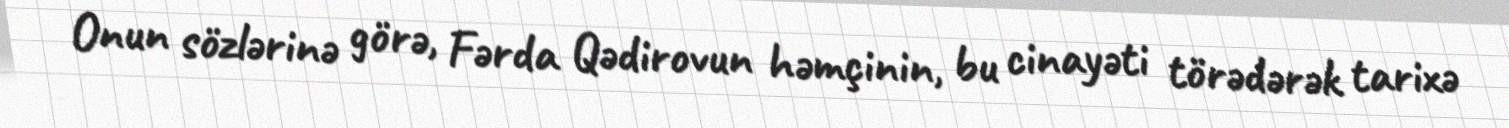
Onun sözlərinə görə, Fərda Qədirovun həmçinin, bu cinayəti törədərək tarixə